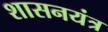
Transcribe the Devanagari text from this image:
शासनयंत्र